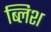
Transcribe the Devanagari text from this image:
ब्लिश